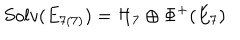
S o l v ( E _ { 7 ( 7 ) } ) = { \cal H } _ { 7 } \oplus \Phi ^ { + } ( E _ { 7 } )